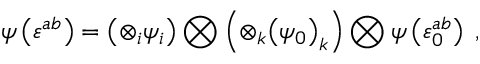
\psi \left( \varepsilon ^ { a b } \right) = \left( \otimes _ { i } \psi _ { i } \right) \bigotimes \left( \otimes _ { k } { \left( \psi _ { 0 } \right) } _ { k } \right) \bigotimes \psi \left( \varepsilon _ { 0 } ^ { a b } \right) \; ,